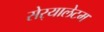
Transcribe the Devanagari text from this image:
सेर्‍यालेटम